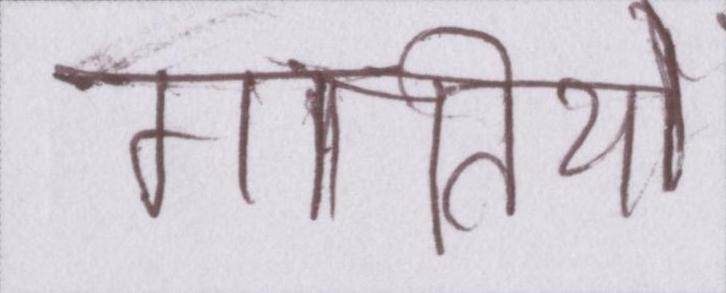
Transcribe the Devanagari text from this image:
गतियों